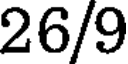
26/9